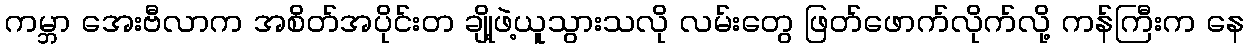
ကမ္ဘာ အေးဗီလာက အစိတ်အပိုင်းတ ချို့ဖဲ့ယူသွားသလို လမ်းတွေ ဖြတ်ဖောက်လိုက်လို့ ကန်ကြီးက နေ